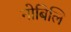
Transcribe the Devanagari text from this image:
नोबिलि